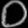
Digit: ၀